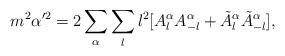
LaTeX: \begin{align*}m^2\alpha'^2=2\sum_\alpha\sum_{l}l^2[A^\alpha_{l}A^\alpha_{-l}+\tilde{A}^\alpha_{l}\tilde{A}^\alpha_{-l}],\end{align*}